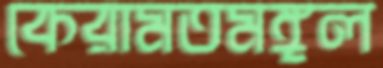
কেরামতমঙ্গল